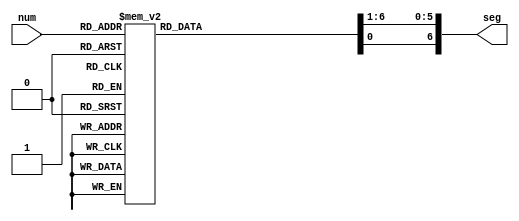
`timescale 1ns / 1ps
//////////////////////////////////////////////////////////////////////////////////
// Company: 
// Engineer: 
// 
// Design Name: 
// Module Name: seg7Driver
// Project Name: 
// Target Devices: 
// Tool Versions: 
// Description: 
// 
// Dependencies: 
// 
// Revision:
// Revision 0.01 - File Created
// Additional Comments:
// 
//////////////////////////////////////////////////////////////////////////////////

module seg7Driver(
  input [3:0] num,
  output [6:0] seg
  );

  reg a;
  reg b;
  reg c;
  reg d;
  reg e;
  reg f;
  reg g;
  assign seg = {g, f, e, d, c, b, a};
  always@(num) begin
    a = 1; b = 1; c = 1; d = 1; e = 1; f = 1; g = 1;
    case(num)
      4'd0: 
        begin a = 0; b = 0; c = 0; d = 0; e = 0; f = 0; end
      4'd1: begin b = 0; c = 0; end
      4'd2: begin a = 0; b = 0; d = 0; e = 0; g = 0; end
      4'd3: begin a = 0; b = 0; c = 0; d = 0; g = 0; end
      4'd4: begin b = 0; c = 0; f = 0; g = 0; end
      4'd5: begin a = 0; c = 0; d = 0; f = 0; g = 0; end
      4'd6: begin a = 0; c = 0; d = 0; e = 0; f = 0; g = 0; end
      4'd7: begin a = 0; b = 0; c = 0; end
      4'd8: begin a = 0; b = 0; c = 0; d = 0; e = 0; f = 0; g = 0; end
      4'd9: begin a = 0; b = 0; c = 0; f = 0; g = 0; end
      4'd10: begin a = 0; b = 0; c = 0; e = 0; f = 0; g = 0; end
      4'd11: begin c = 0; d = 0; e = 0; f = 0; g = 0; end
      4'd12: begin a = 0; d = 0; e = 0; f = 0; end
      4'd13: begin b = 0; c = 0; d = 0; e = 0; g = 0; end
      4'd14: begin a = 0; d = 0; e = 0; f = 0; g = 0; end
      4'd15: begin a = 0; e = 0; f = 0; g = 0; end
    endcase
  end
endmodule